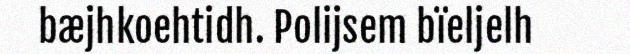
bæjhkoehtidh. Polijsem bïeljelh